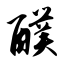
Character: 醭